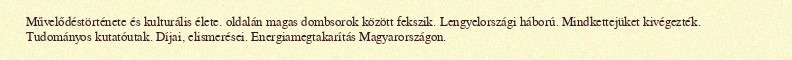
Művelődéstörténete és kulturális élete. oldalán magas dombsorok között fekszik. Lengyelországi háború. Mindkettejüket kivégezték. Tudományos kutatóutak. Díjai, elismerései. Energiamegtakarítás Magyarországon.